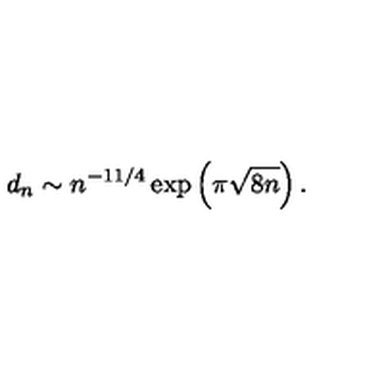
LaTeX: d _ { n } \sim n ^ { - 1 1 / 4 } \exp \left( \pi \sqrt { 8 n } \right) .